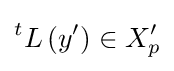
{}^{t}L\left(y^{\prime }\right)\in X_{p}^{\prime }